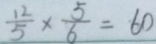
\frac { 1 2 } { 5 } \times \frac { 5 } { 6 } = 6 0